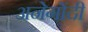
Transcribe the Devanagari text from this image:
अनेगोंदी